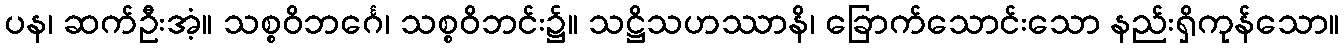
ပန၊ ဆက်ဦးအံ့။ သစ္စဝိဘင်္ဂေ၊ သစ္စဝိဘင်း၌။ သဋ္ဌိသဟဿာနိ၊ ခြောက်သောင်းသော နည်းရှိကုန်သော။